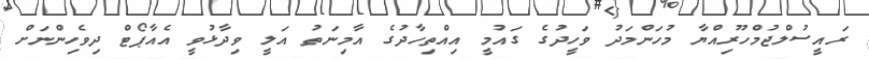
ރައީސުލްޖުމްހޫރިއްޔާ މުހަންމަދު ވަހީދުގެ ގައުމީ އިއްތިހާދުގެ އާމިނަތު އަލީ ވިދާޅުވީ އެއާޕޯޓް ދިވެހިންނަށް